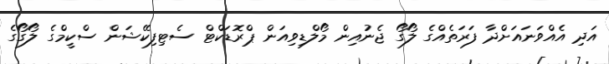
އަދި އެއްވަނައަށްދާ ފަރަތެއްގެ ލޯގޯ ޖެނުއިން މޯލްޑިވިއަން ޕްރޮޑަކްޓް ސެޓިފިކޭޝަން ސްކީމްގެ ލޯގޯގެ